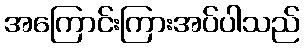
အကြောင်းကြားအပ်ပါသည်